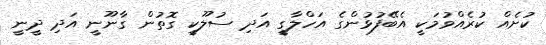
ކުށެއް ކުރެއްވުމަކީ އެބޭފުޅުންގެ އަހްލާގީ އަދި ސުލޫކީ ގޮތުން ގާނޫނީ އަދި ދީނީ